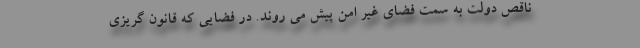
ناقص دولت به سمت فضای غیر امن پیش می روند. در فضایی که قانون گریزی